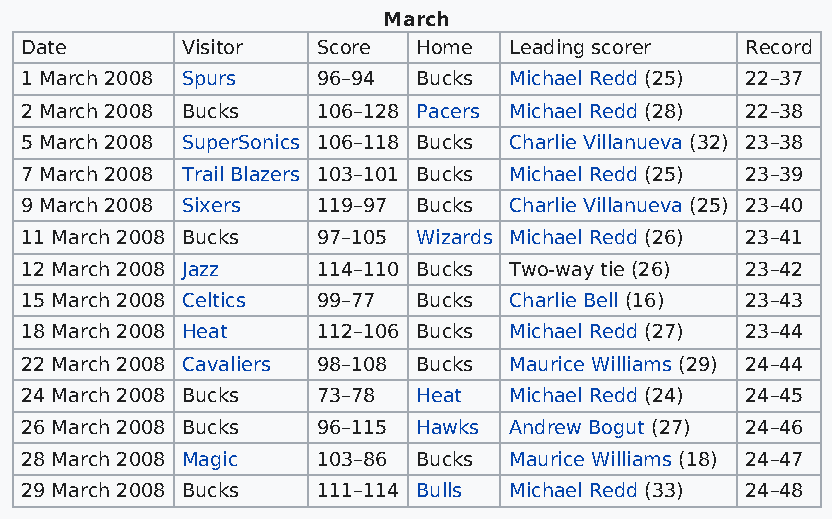
March
 Date       Visitor  Score  Home  Leading scorer Record
 1 March 2008 Spurs  96–94  Bucks Michael Redd (25) 22–37
 2 March 2008 Bucks  106–128 Pacers Michael Redd (28) 22–38
 5 March 2008 SuperSonics 106–118 Bucks Charlie Villanueva (32) 23–38
 7 March 2008 Trail Blazers 103–101 Bucks Michael Redd (25) 23–39
 9 March 2008 Sixers 119–97 Bucks Charlie Villanueva (25) 23–40
 11 March 2008 Bucks 97–105 Wizards Michael Redd (26) 23–41
 12 March 2008 Jazz  114–110 Bucks Two-way tie (26) 23–42
 15 March 2008 Celtics 99–77 Bucks Charlie Bell (16) 23–43
 18 March 2008 Heat  112–106 Bucks Michael Redd (27) 23–44
 22 March 2008 Cavaliers 98–108 Bucks Maurice Williams (29) 24–44
 24 March 2008 Bucks 73–78  Heat  Michael Redd (24) 24–45
 26 March 2008 Bucks 96–115 Hawks Andrew Bogut (27) 24–46
 28 March 2008 Magic 103–86 Bucks Maurice Williams (18) 24–47
 29 March 2008 Bucks 111–114 Bulls Michael Redd (33) 24–48